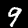
Digit: 9